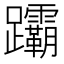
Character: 𬧞